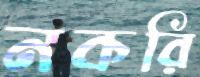
নকরি